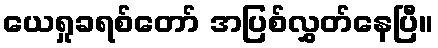
ယေရှုခရစ်တော် အပြစ်လွှတ်နေပြီ။